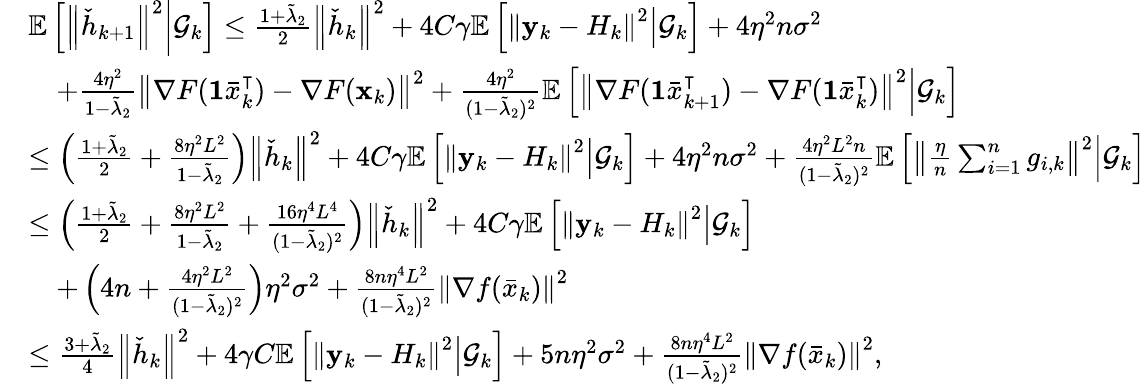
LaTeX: \begin{array}{rl}&{\mathbb{E}\left[\left\Vert\check{h}_{k+1}\right\Vert^{2}\middle|\mathcal{G}_{k}\right]\leq\frac{1+\tilde{\lambda}_{2}}{2}\left\Vert\check{h}_{k}\right\Vert^{2}+4C\gamma\mathbb{E}\left[\left\Vert\mathbf{y}_{k}-H_{k}\right\Vert^{2}\middle|\mathcal{G}_{k}\right]+4\eta^{2}n\sigma^{2}}\\ &{\quad+\frac{4\eta^{2}}{1-\tilde{\lambda}_{2}}\left\Vert\nabla F(\mathbf{1}\bar{x}_{k}^{\intercal})-\nabla F(\mathbf{x}_{k})\right\Vert^{2}+\frac{4\eta^{2}}{(1-\tilde{\lambda}_{2})^{2}}\mathbb{E}\left[\left\Vert\nabla F(\mathbf{1}\bar{x}_{k+1}^{\intercal})-\nabla F(\mathbf{1}\bar{x}_{k}^{\intercal})\right\Vert^{2}\middle|\mathcal{G}_{k}\right]}\\ &{\leq\left(\frac{1+\tilde{\lambda}_{2}}{2}+\frac{8\eta^{2}L^{2}}{1-\tilde{\lambda}_{2}}\right)\left\Vert\check{h}_{k}\right\Vert^{2}+4C\gamma\mathbb{E}\left[\left\Vert\mathbf{y}_{k}-H_{k}\right\Vert^{2}\middle|\mathcal{G}_{k}\right]+4\eta^{2}n\sigma^{2}+\frac{4\eta^{2}L^{2}n}{(1-\tilde{\lambda}_{2})^{2}}\mathbb{E}\left[\left\Vert\frac{\eta}{n}\sum_{i=1}^{n}g_{i,k}\right\Vert^{2}\middle|\mathcal{G}_{k}\right]}\\ &{\leq\left(\frac{1+\tilde{\lambda}_{2}}{2}+\frac{8\eta^{2}L^{2}}{1-\tilde{\lambda}_{2}}+\frac{16\eta^{4}L^{4}}{(1-\tilde{\lambda}_{2})^{2}}\right)\left\Vert\check{h}_{k}\right\Vert^{2}+4C\gamma\mathbb{E}\left[\left\Vert\mathbf{y}_{k}-H_{k}\right\Vert^{2}\middle|\mathcal{G}_{k}\right]}\\ &{\quad+\left(4n+\frac{4\eta^{2}L^{2}}{(1-\tilde{\lambda}_{2})^{2}}\right)\eta^{2}\sigma^{2}+\frac{8n\eta^{4}L^{2}}{(1-\tilde{\lambda}_{2})^{2}}\left\Vert\nabla f(\bar{x}_{k})\right\Vert^{2}}\\ &{\leq\frac{3+\tilde{\lambda}_{2}}{4}\left\Vert\check{h}_{k}\right\Vert^{2}+4\gamma C\mathbb{E}\left[\left\Vert\mathbf{y}_{k}-H_{k}\right\Vert^{2}\middle|\mathcal{G}_{k}\right]+5n\eta^{2}\sigma^{2}+\frac{8n\eta^{4}L^{2}}{(1-\tilde{\lambda}_{2})^{2}}\left\Vert\nabla f(\bar{x}_{k})\right\Vert^{2},}\end{array}